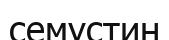
семустин